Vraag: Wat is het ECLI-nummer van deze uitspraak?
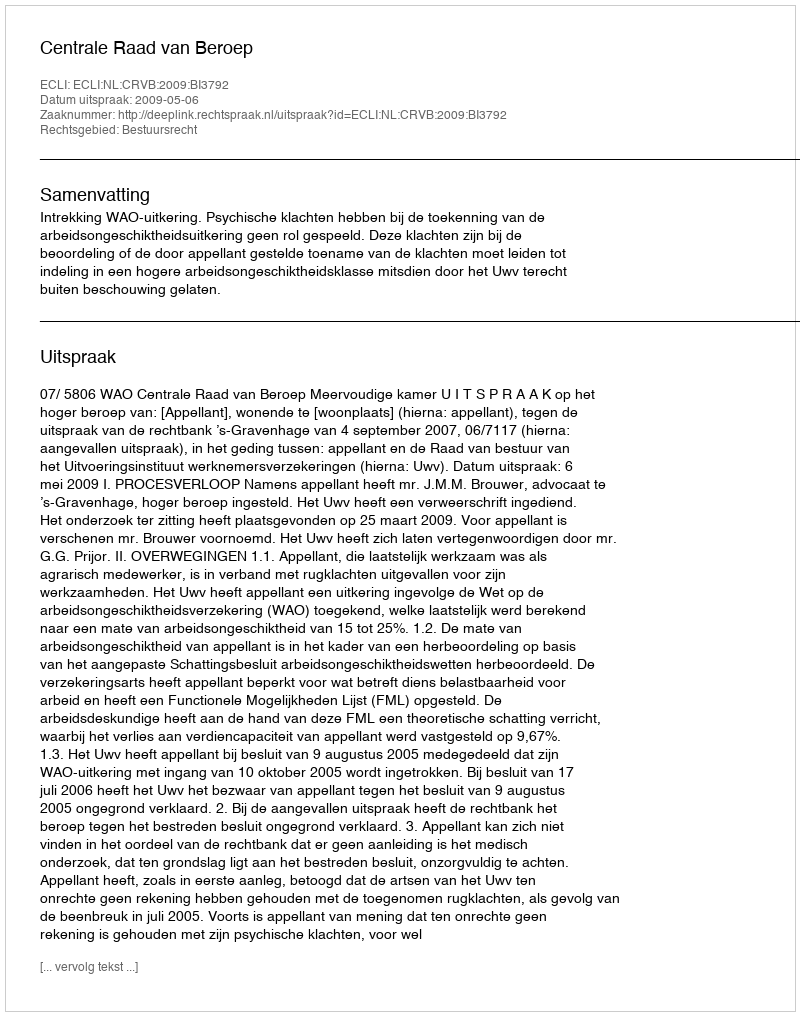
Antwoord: ECLI:NL:CRVB:2009:BI3792